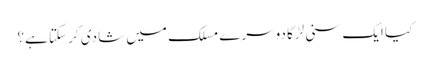
کیا ایک سنی لڑکا دوسرے مسلک میں شادی کر سکتا ہے؟